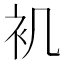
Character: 䘛